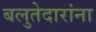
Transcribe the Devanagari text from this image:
बलुतेदारांना